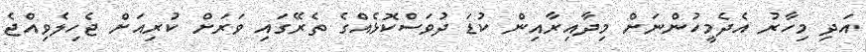
އަދި މިހާރު އެދެމީހުންނަށް މިދާއިރާއިން ކުޑަ ދުވަސްކޮޅެއްގެ ތެރޭގައި ވަރަށް ކުރިއަށް ޖެހިލެވިއްޖެ